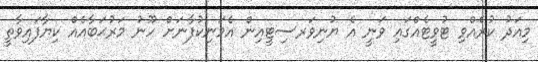
މިއަދު ކުރެއްވި ޓުވީޓެއްގައި ވަނީ އެ ޔުނިވަރސިޓީއިން އެމަނިކުފާނަށް ހޫނު މަރުޙަބާއެއް ކިޔާފައިވާތީ